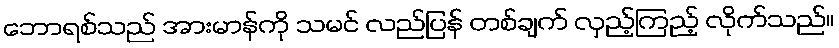
ဘောရစ်သည် အားမာန်ကို သမင် လည်ပြန် တစ်ချက် လှည့်ကြည့် လိုက်သည်။